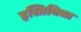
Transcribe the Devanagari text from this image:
हस्तिविद्या